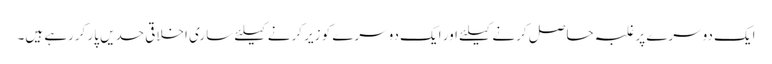
ایک دوسرے پر غلبہ حاصل کرنے کیلئے اور ایک دوسرے کو زیر کرنے کیلئے ساری اخلاقی حدیں پار کررہے ہیں۔